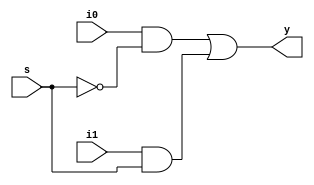
module MUX2to1_w1(output y, input i0, i1, s);

  wire e0, e1;
  not #(1) (sn, s);
  
  and #(1) (e0, i0, sn);
  and #(1) (e1, i1, s);
  
  or #(1) (y, e0, e1);
  
endmodule